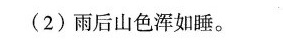
(2)雨后山色浑如睡。